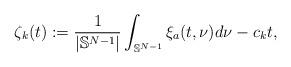
LaTeX: \begin{align*}\zeta_k(t):=\frac1{|\mathbb S^{N-1}|}\int_{\mathbb S^{N-1} }\xi_{a}(t,\nu)d\nu-c_kt,\end{align*}